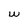
Character: w